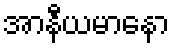
အာနီယမာနော